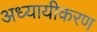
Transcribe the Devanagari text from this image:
अध्यायीकरण